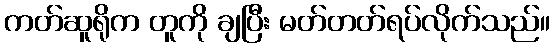
ကတ်ဆူရိုက တူကို ချပြီး မတ်တတ်ရပ်လိုက်သည်။